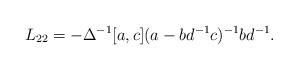
LaTeX: \begin{align*}L_{22}=-\Delta^{-1}[a,c](a-bd^{-1}c)^{-1}bd^{-1}.\end{align*}